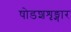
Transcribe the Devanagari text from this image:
षोडशशृङ्गार